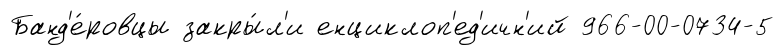
Банд'е́ровцы закры́л'и енциклоп'ед'ичн'ий 966-00-0734-5